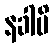
နခါပိ